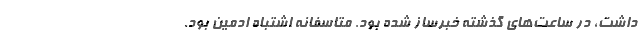
داشت، در ساعت‌های گذشته خبرساز شده بود. متاسفانه اشتباه ادمین بود.